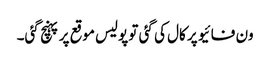
ون فائیو پر کال کی گئی تو پولیس موقع پر پہنچ گئی۔